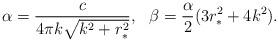
LaTeX: \begin{align*}\alpha=\frac{c}{4\pi k\sqrt{k^2+r_*^2}},\ \ \beta=\frac{\alpha}{2}(3r_*^2+4k^2).\end{align*}